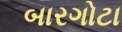
બારગોટા